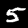
Digit: 5